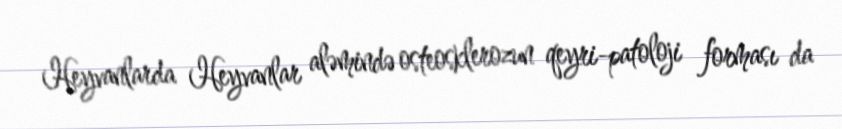
Heyvanlarda Heyvanlar aləmində osteosklerozun qeyri-patoloji forması da